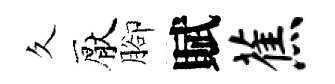
久厭腳賦蕉